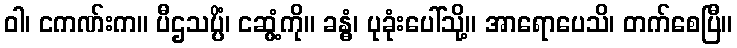
ဝါ၊ ငကဏ်းက။ ပီဌသပ္ပိံ၊ ငဆွံ့ကို။ ခန္ဓံ၊ ပုခုံးပေါ်သို့။ အာရောပေသိ၊ တက်စေပြီ။